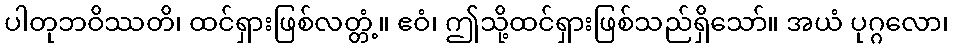
ပါတုဘဝိဿတိ၊ ထင်ရှားဖြစ်လတ္တံ့။ ဧဝံ၊ ဤသို့ထင်ရှားဖြစ်သည်ရှိသော်။ အယံ ပုဂ္ဂလော၊